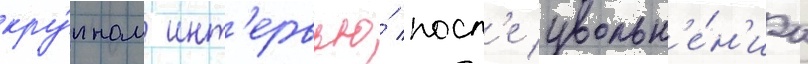
кру́пном инт'ервью́ посл'е увольн'е́н'иа